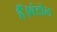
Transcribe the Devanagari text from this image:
हैँ।बंडोल